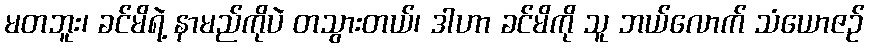
မတဘူး၊ ခင်မိရဲ့ နာမည်ကိုပဲ တသွားတယ်၊ ဒါဟာ ခင်မိကို သူ ဘယ်လောက် သံယောဇဉ်